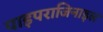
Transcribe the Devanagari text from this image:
पाइपराजिनाइल